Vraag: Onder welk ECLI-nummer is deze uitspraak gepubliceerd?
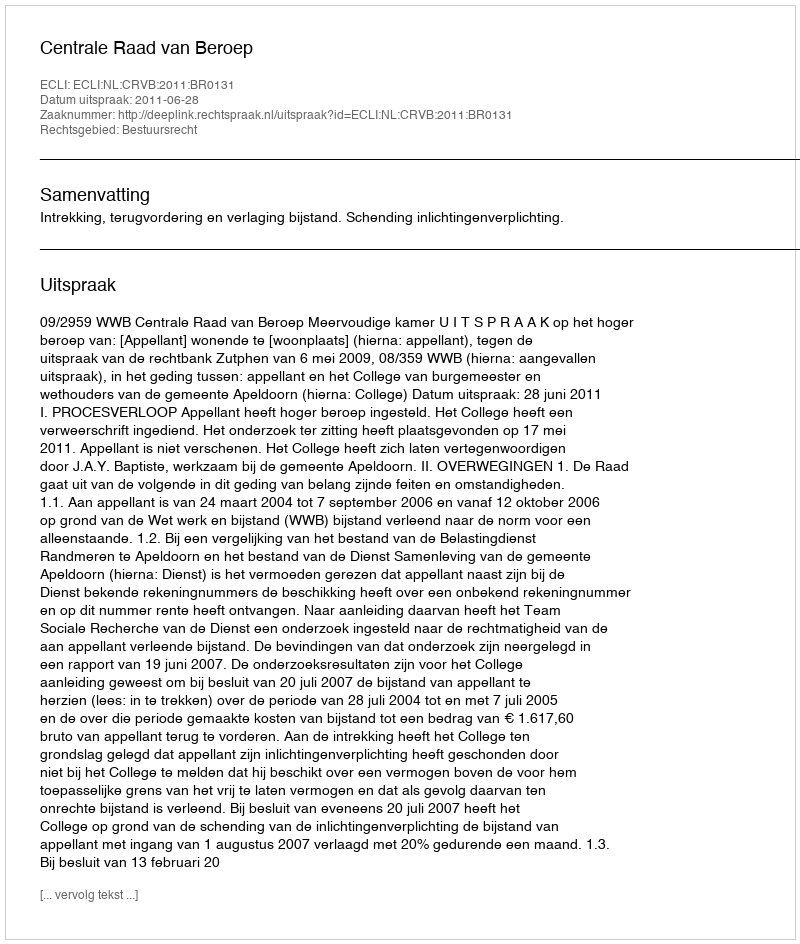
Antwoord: ECLI:NL:CRVB:2011:BR0131